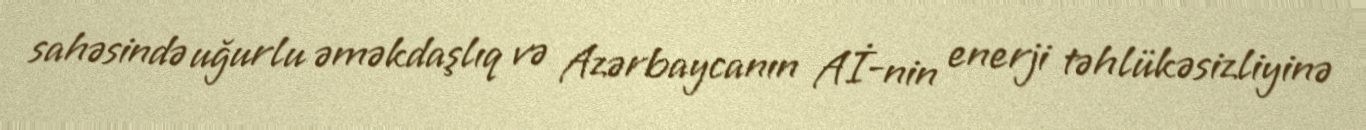
sahəsində uğurlu əməkdaşlıq və Azərbaycanın Aİ-nin enerji təhlükəsizliyinə